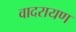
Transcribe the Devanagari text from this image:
वादरायण